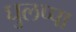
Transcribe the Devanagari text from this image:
घुलप्पा